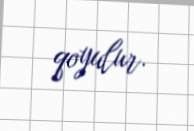
qoyulur.